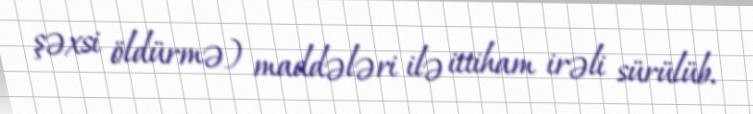
şəxsi öldürmə) maddələri ilə ittiham irəli sürülüb.